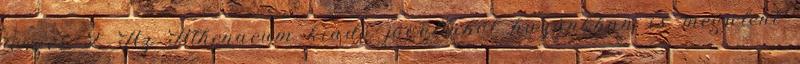
tenger 2. Az Athenaeum kiadó jóvoltából hazánkban is megjelent